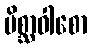
မိစ္ဆာဝါစော